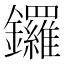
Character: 鑼